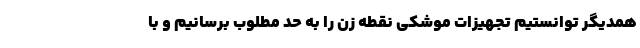
همدیگر توانستیم تجهیزات موشکی نقطه زن را به حد مطلوب برسانیم و با